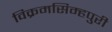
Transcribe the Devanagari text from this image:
विक्रमसिम्‍हपुरी